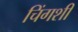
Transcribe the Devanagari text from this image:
चिंगशी